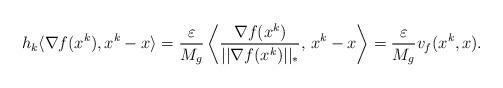
LaTeX: \begin{align*}h_k\langle\nabla f(x^k),x^k-x\rangle=\frac{\varepsilon}{M_g}\left\langle\frac{\nabla f(x^k)}{||\nabla f(x^k)||_*},\, x^k-x\right\rangle=\frac{\varepsilon}{M_g}v_f(x^k,x).\end{align*}